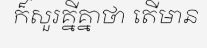
ក៏សួរគ្នីគ្នាថា តើមាន